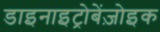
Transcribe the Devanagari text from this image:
डाइनाइट्रोबेंज़ोइक